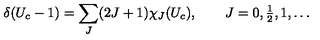
\delta ( U _ { c } - 1 ) = \sum _ { J } ( 2 J + 1 ) \chi _ { J } ( U _ { c } ) , \qquad J = 0 , { \textstyle { \frac { 1 } { 2 } } } , 1 , \dots